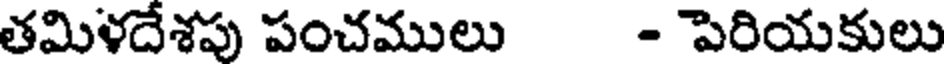
తమిళదేశపు పంచములు - పెరియకులు